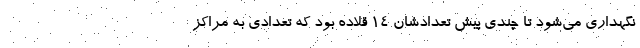
نگهداری می‌شود تا چندی پیش تعدادشان ۱۴ قلاده بود که تعدادی به مراکز